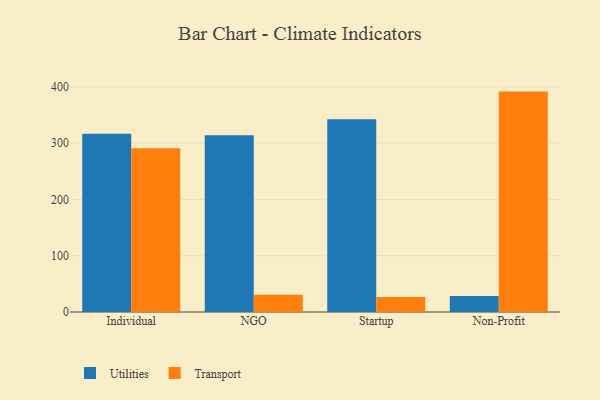
{"axis": {"x": "Segment", "y": "Temperature (°C)"}, "legend": ["Transport", "Utilities"], "data": [{"x": "Individual", "y": 316.4, "type": "Utilities"}, {"x": "Individual", "y": 290.8, "type": "Transport"}, {"x": "NGO", "y": 313.9, "type": "Utilities"}, {"x": "NGO", "y": 30.7, "type": "Transport"}, {"x": "Startup", "y": 342.3, "type": "Utilities"}, {"x": "Startup", "y": 26.5, "type": "Transport"}, {"x": "Non-Profit", "y": 28.6, "type": "Utilities"}, {"x": "Non-Profit", "y": 391.4, "type": "Transport"}]}